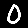
Digit: 0